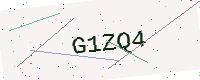
Text: G1ZQ4